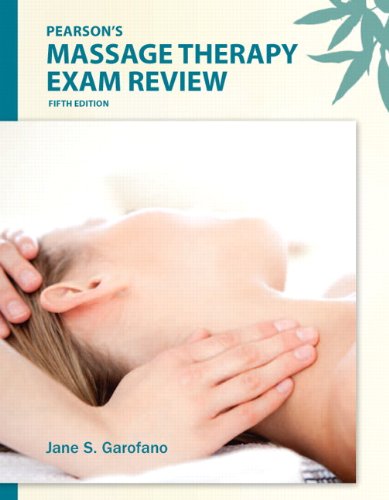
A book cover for Pearson's Massage Therapy Exam Review (5th Edition); Jane S. Garofano Ph.D.  NCTMB; Health, Fitness & Dieting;